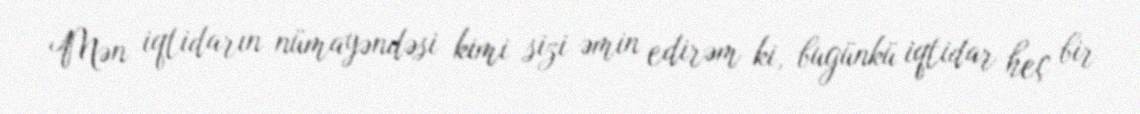
Mən iqtidarın nümayəndəsi kimi sizi əmin edirəm ki, bugünkü iqtidar heç bir